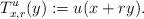
LaTeX: \begin{align*}T_{x,r}^{u}(y) := u(x + ry).\end{align*}